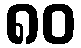
၈၀